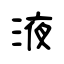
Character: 液